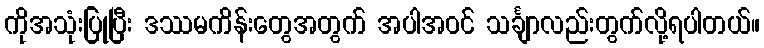
ကိုအသုံးပြုပြီး ဒဿမကိန်းတွေအတွက် အပါအဝင် သင်္ချာလည်းတွက်လို့ရပါတယ်။